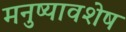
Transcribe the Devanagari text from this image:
मनुष्यावशेष